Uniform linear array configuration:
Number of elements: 32
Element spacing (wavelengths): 1
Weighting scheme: binomial
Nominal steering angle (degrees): -30
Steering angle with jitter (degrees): -28.751
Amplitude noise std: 0.05
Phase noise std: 0.05

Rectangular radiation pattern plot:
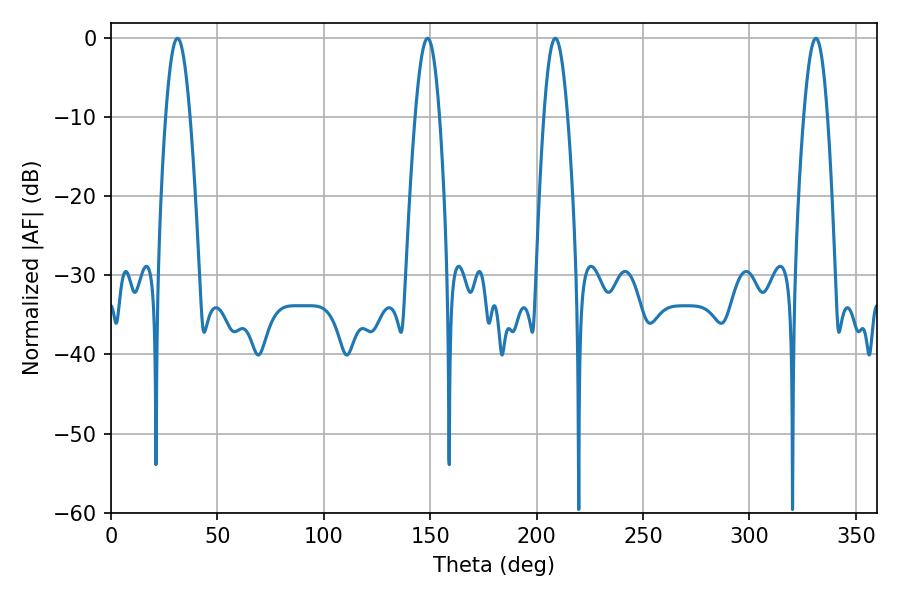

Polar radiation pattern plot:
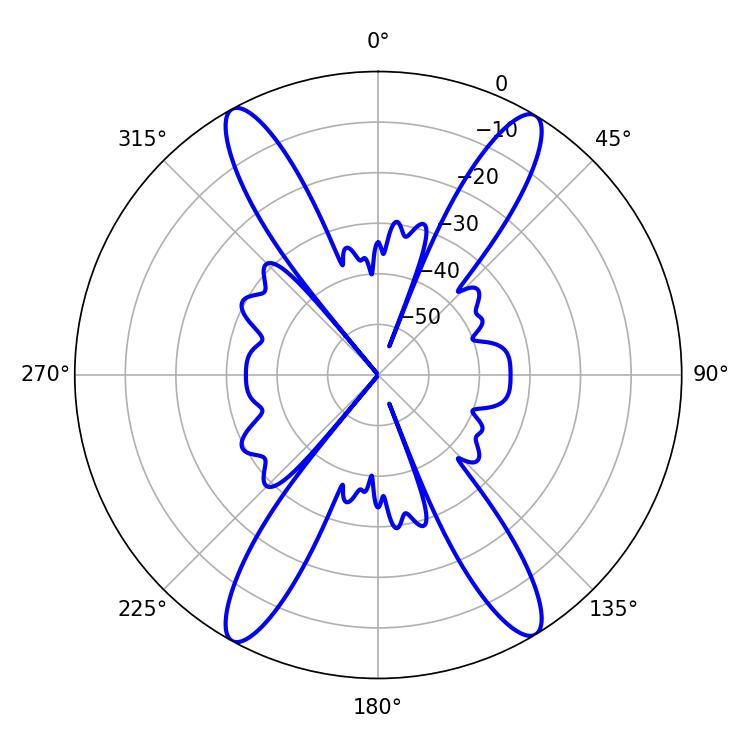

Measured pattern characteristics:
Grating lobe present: TRUE
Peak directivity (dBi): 22.58
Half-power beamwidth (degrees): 6.12
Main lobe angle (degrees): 208.8